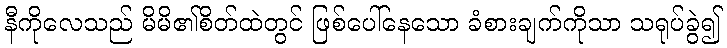
နီကိုလေသည် မိမိ၏စိတ်ထဲတွင် ဖြစ်ပေါ်နေသော ခံစားချက်ကိုသာ သရုပ်ခွဲ၍